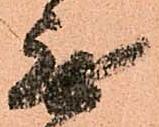
無